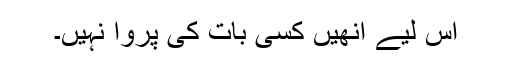
اس لیے انھیں کسی بات کی پروا نہیں۔